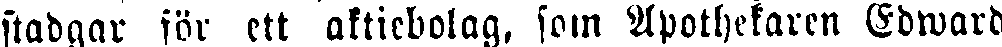
stadgar för ett aktiebolag, som Apothekaren Edward